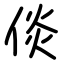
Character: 倓